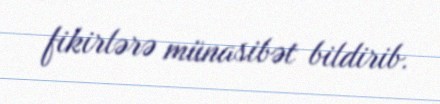
fikirlərə münasibət bildirib.